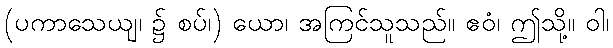
(ပကာသေယျ၊ ၌ စပ်၊) ယော၊ အကြင်သူသည်။ ဧဝံ၊ ဤသို့။ ဝါ၊